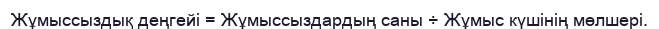
Жұмыссыздық деңгейі = Жұмыссыздардың саны ÷ Жұмыс күшінің мөлшері.